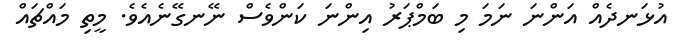
އުޅަނދެއް އަންނަ ނަމަ މި ބަމްޕަރު އިންނަ ކަންވެސް ނޭނގޭނެއެވެ. މީތި މައްޗައް